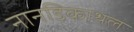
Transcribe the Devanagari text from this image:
नानडिकाथल